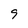
Character: 9